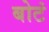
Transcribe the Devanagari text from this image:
बोटं